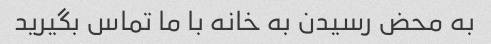
به محض رسیدن به خانه با ما تماس بگیرید